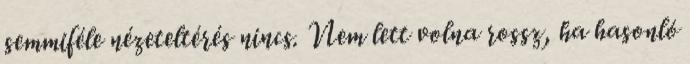
semmiféle nézeteltérés nincs. Nem lett volna rossz, ha hasonló